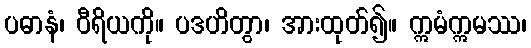
ပဓာနံ၊ ဝီရိယကို။ ပဒဟိတွာ၊ အားထုတ်၍။ ဣမံဣမဿ၊